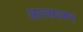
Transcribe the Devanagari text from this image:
आव्श्यक्स